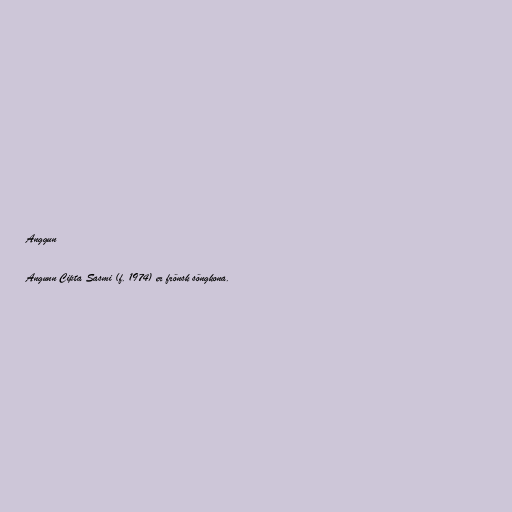
Anggun

Angunn Cipta Sasmi (f. 1974) er frönsk söngkona.